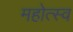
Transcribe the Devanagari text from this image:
महोत्स्व